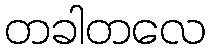
တခါတလေ